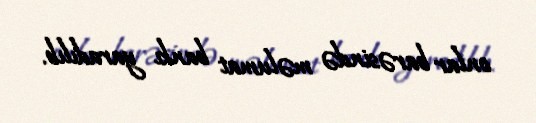
onlar barəsində məlumat bankı yaradılıb.